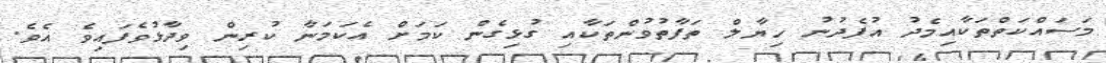
މަސައްކަތްތަކާއިމެދު އުފެދުނު ހިޔާލް ތަފާތުވުންތަކާއި ގުޅިގެން ކަމަށް އެކަމަނާ ކުރިން ވިދާޅުވެފައިވެ އެވެ.